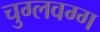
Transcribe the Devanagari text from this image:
चुग्लवग्ग